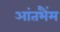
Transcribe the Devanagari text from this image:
आंतभैंम